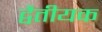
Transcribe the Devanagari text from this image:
द्वैतीयक